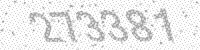
Solution: 273381